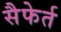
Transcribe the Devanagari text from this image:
सैफेर्त